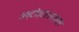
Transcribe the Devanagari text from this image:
अष्टोत्तरशतताल